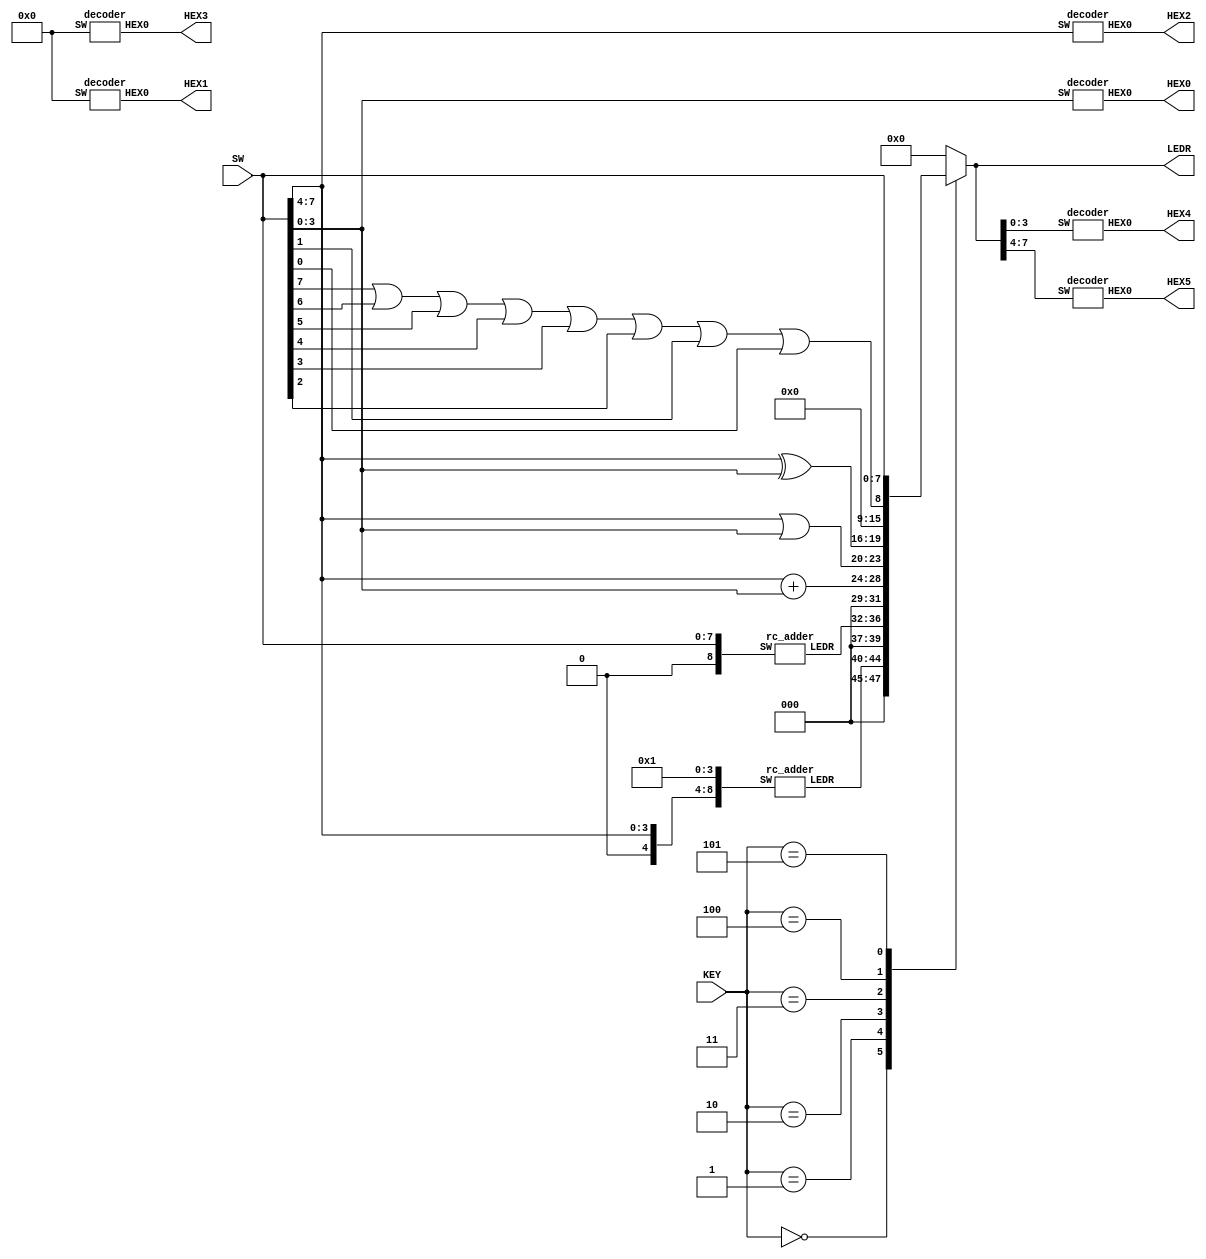
module alu (SW, KEY, LEDR, HEX0, HEX1, HEX2, HEX3, HEX4, HEX5);
  input [7:0] SW;
  input [2:0] KEY;
  output [7:0] LEDR;
  output [6:0] HEX0;
  output [6:0] HEX1;
  output [6:0] HEX2;
  output [6:0] HEX3;
  output [6:0] HEX4;
  output [6:0] HEX5;

  reg [7:0] ALUout;

  wire [4:0] wire0;
  wire [4:0] wire1;
  rc_adder u0(.SW({1'b0, SW[7:4], 4'b0001}), .LEDR(wire0[4:0]));
  rc_adder u1(.SW({1'b0, SW[7:0]}), .LEDR(wire1[4:0]));

  always @ ( * ) begin
    case (KEY[2:0])
      3'b000: ALUout = {3'b000, wire0};
      3'b001: ALUout = {3'b000, wire1};
      3'b010: ALUout = SW[7:4] + SW[3:0];
      3'b011: ALUout = {SW[7:4] | SW[3:0], SW[7:4] ^ SW[3:0]};
      3'b100: ALUout = {7'b0000000, SW[7] | SW[6] | SW[5] | SW[4] | SW[3] | SW[2] | SW[1] | SW[0]};
      3'b101: ALUout = {SW[7:4], SW[3:0]};
      default: ALUout = 8'b0000_0000;
    endcase
  end

  assign LEDR = (ALUout);

  decoder d0(.SW(SW[3:0]), .HEX0(HEX0[6:0]));
  decoder d1(.SW(4'b0000), .HEX0(HEX1[6:0]));
  decoder d2(.SW(SW[7:4]), .HEX0(HEX2[6:0]));
  decoder d3(.SW(4'b0000), .HEX0(HEX3[6:0]));
  decoder d4(.SW(LEDR[3:0]), .HEX0(HEX4[6:0]));
  decoder d5(.SW(LEDR[7:4]), .HEX0(HEX5[6:0]));

endmodule // alu_logic


//=======================================================



module rc_adder (SW, LEDR);
  input [8:0] SW;
  output [4:0] LEDR;

  wire _0to1, _1to2, _2to3;

    full_adder u0(
                .ci(SW[8]),
                .a(SW[4]),
                .b(SW[0]),
                .s(LEDR[0]),
                .co(_0to1)
                );

    full_adder u1(.ci(_0to1),
                .a(SW[5]),
                .b(SW[1]),
                .s(LEDR[1]),
                .co(_1to2));

    full_adder u2(.ci(_1to2),
                .a(SW[6]),
                .b(SW[2]),
                .s(LEDR[2]),
                .co(_2to3));

    full_adder u3(.ci(_2to3),
                .a(SW[7]),
                .b(SW[3]),
                .s(LEDR[3]),
                .co(LEDR[4]));


endmodule // rc_adder



module full_adder (ci, a, b, s, co);
  input ci;
  input a, b;
  output s;
  output co;

  assign s = a ^ b ^ ci;
  assign co = (a & b) | ((a ^ b) & ci);

endmodule // full_adder




//=======================================================



//assign SW and HEX
module decoder(SW, HEX0);
	input [3:0] SW;
	output [6:0] HEX0;

	s0 u0(.c3(SW[3]),
				  .c2(SW[2]),
				  .c1(SW[1]),
				  .c0(SW[0]),
				  .o(HEX0[0])
				  );

	s1 u1(.c3(SW[3]),
				  .c2(SW[2]),
				  .c1(SW[1]),
				  .c0(SW[0]),
				  .o(HEX0[1])
				  );


	s2 u2(.c3(SW[3]),
				  .c2(SW[2]),
				  .c1(SW[1]),
				  .c0(SW[0]),
				  .o(HEX0[2])
				  );


	s3 u3(.c3(SW[3]),
				  .c2(SW[2]),
				  .c1(SW[1]),
				  .c0(SW[0]),
				  .o(HEX0[3])
				  );


	s4 u4(.c3(SW[3]),
				  .c2(SW[2]),
				  .c1(SW[1]),
				  .c0(SW[0]),
				  .o(HEX0[4])
				  );


	s5 u5(.c3(SW[3]),
				  .c2(SW[2]),
				  .c1(SW[1]),
				  .c0(SW[0]),
				  .o(HEX0[5])
				  );


	s6 u6(.c3(SW[3]),
				  .c2(SW[2]),
				  .c1(SW[1]),
				  .c0(SW[0]),
				  .o(HEX0[6])
				  );

endmodule

//module for s0
module s0(c3, c2, c1, c0, o);
	input c3, c2, c1, c0;
	output o;

	assign o = ~c3 & ~c2 & ~c1 & c0 | ~c3 & c2 & ~c1 & ~c0 | c3 & c2 & ~c1 & c0 | c3 & ~c2 & c1 & c0;
endmodule


//module for s1
module s1(c3, c2, c1, c0, o);
	input c3, c2, c1, c0;
	output o;

	assign o = ~c3 & c2 & ~c1 & c0 | c3 & c2 & ~c0 | c1 & c0 & c3 | c1 & ~c0 & c2;
endmodule


//module for s2
module s2(c3, c2, c1, c0, o);
	input c3, c2, c1, c0;
	output o;

	assign o = ~c3 & ~c2 & c1 & ~c0 | c3 & c2 & ~c0 | c3 & c2 & c1;
endmodule


//module for s3
module s3(c3, c2, c1, c0, o);
	input c3, c2, c1, c0;
	output o;

	assign o = ~c3 & c2 & ~c1 & ~c0 | c3 & ~c2 & c1 & ~c0 | ~c1 & c0 & ~c2 | c1 & c0 & c2;
endmodule


//module for s4
module s4(c3, c2, c1, c0, o);
	input c3, c2, c1, c0;
	output o;

	assign o = ~c3 & c0 | ~c3 & c2 & ~c1 | ~c1 & c0 & ~c2;
endmodule


//module for s5
module s5(c3, c2, c1, c0, o);
	input c3, c2, c1, c0;
	output o;

	assign o = c3 & c2 & ~c1 & c0 | c1 & c0 & ~c3 | ~c3 & ~c2 & c0 | ~c3 & ~c2 & c1;
endmodule


//module for s6
module s6(c3, c2, c1, c0, o);
	input c3, c2, c1, c0;
	output o;

	assign o = ~c3 & c2 & c1 & c0 | c3 & c2 & ~c1 & ~c0 | ~c3 & ~c2 & ~c1;
endmodule